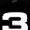
Digit: 3